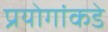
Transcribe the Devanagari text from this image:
प्रयोगांकडे